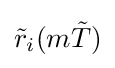
{\tilde {r}}_{i}(m{\tilde {T}})